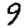
Digit: 9